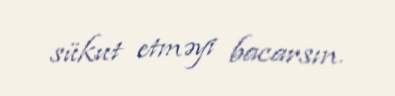
sükut etməyi bacarsın.